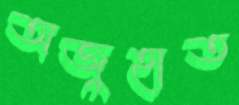
অজুহাত